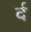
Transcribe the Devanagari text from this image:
र्द